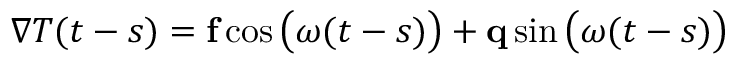
\nabla T ( t - s ) = \mathbf f \cos \big ( \omega ( t - s ) \big ) + \mathbf q \sin \big ( \omega ( t - s ) \big )